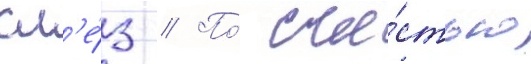
сл'е́з // По́ сча́стью